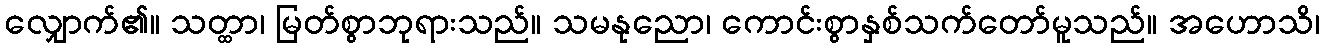
လျှောက်၏။ သတ္ထာ၊ မြတ်စွာဘုရားသည်။ သမနုညော၊ ကောင်းစွာနှစ်သက်တော်မူသည်။ အဟောသိ၊